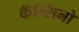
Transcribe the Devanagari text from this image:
कॅन्सिनो